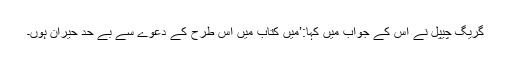
گریگ چیپل نے اس کے جواب میں کہا:’میں کتاب میں اس طرح کے دعوے سے بے حد حیران ہوں۔